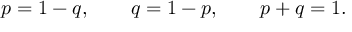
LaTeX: p = 1 - q , \quad \quad q = 1 - p , \quad \quad p + q = 1 .